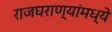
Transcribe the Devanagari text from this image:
राजघराण्यांमध्ये